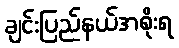
ချင်းပြည်နယ်အစိုးရ